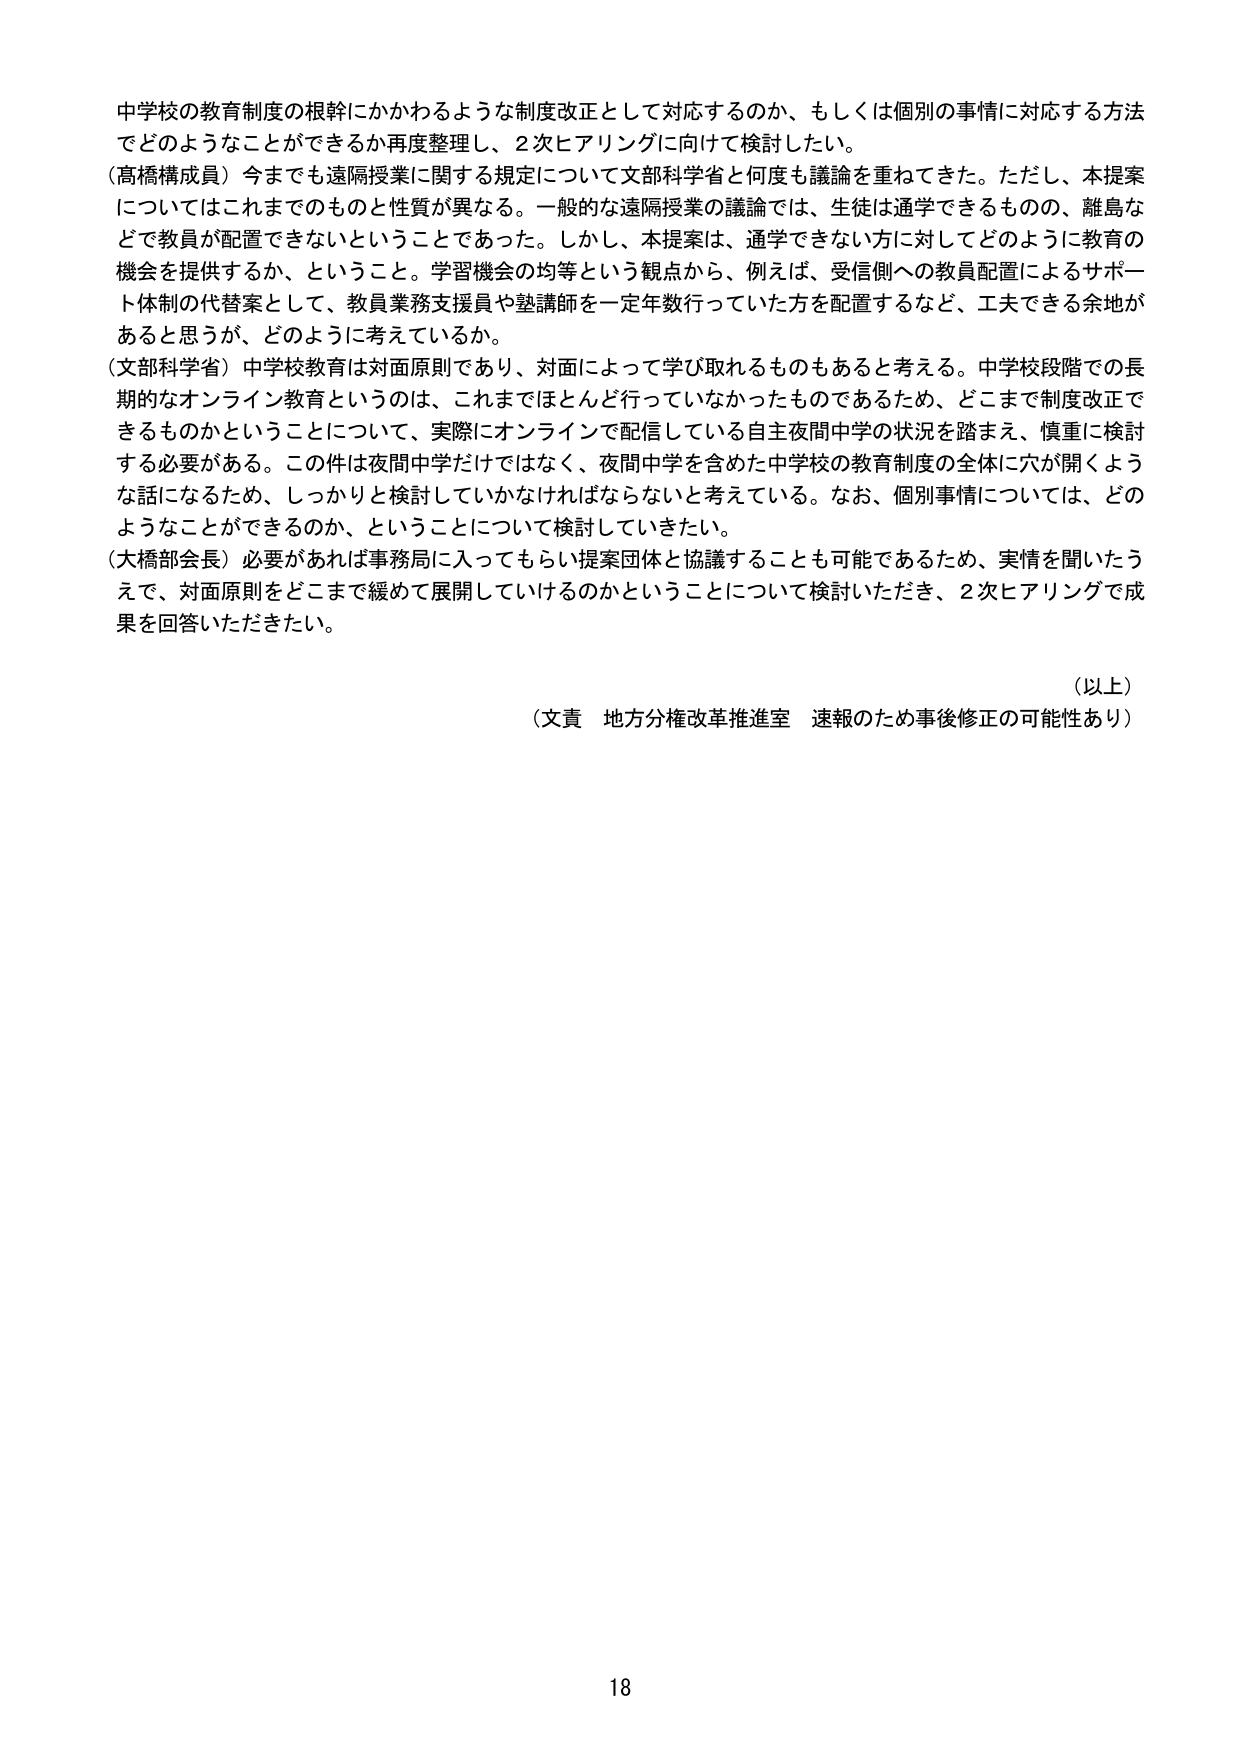
中学校の教育制度の根幹にかかわるような制度改正として対応するのか、もしくは個別の事情に対応する方法でどのようなことができるか再度整理し、2次ヒアリングに向けて検討したい。

（高橋構成員）今までも遠隔授業に関する規定について文部科学省と何度も議論を重ねてきた。ただし、本提案についてはこれまでのものと性質が異なる。一般的な遠隔授業の議論では、生徒は通学できるものの、離島などで教員が配置できないということであった。しかし、本提案は、通学できない方に対してどのように教育の機会を提供するか、ということ。学習機会の均等という観点から、例えば、受信側への教員配置によるサポート体制の代替案として、教員業務支援員や塾講師を一定年数行っていた方を配置するなど、工夫できる余地があると思うが、どのように考えているか。

（文部科学省）中学校教育は対面原則であり、対面によって学び取れるものもあると考える。中学校段階での長期的なオンライン教育というのは、これまでほとんど行っていなかったものであるため、どこまで制度改正できるものかということについて、実際にオンラインで配信している自主夜間中学の状況を踏まえ、慎重に検討する必要がある。この件は夜間中学だけではなく、夜間中学を含めた中学校の教育制度の全体に穴が開くような話になるため、しっかりと検討していかなければならないと考えている。なお、個別事情については、どのようなことができるのか、ということについて検討していきたい。

（大橋部会長）必要があれば事務局に入ってもらい提案団体と協議することも可能であるため、実情を聞いたうえで、対面原則をどこまで緩めて展開していけるのかということについて検討いただき、2次ヒアリングで成果を回答いただきたい。

（以上）

（文責 地方分権改革推進室 速報のため事後修正の可能性あり）

18